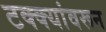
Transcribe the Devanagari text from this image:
टक्‍क्‍यांवरून